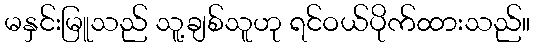
မနှင်းမြူသည် သူ့ချစ်သူဟု ရင်ဝယ်ပိုက်ထားသည်။